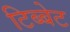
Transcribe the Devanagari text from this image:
टिब्बेट